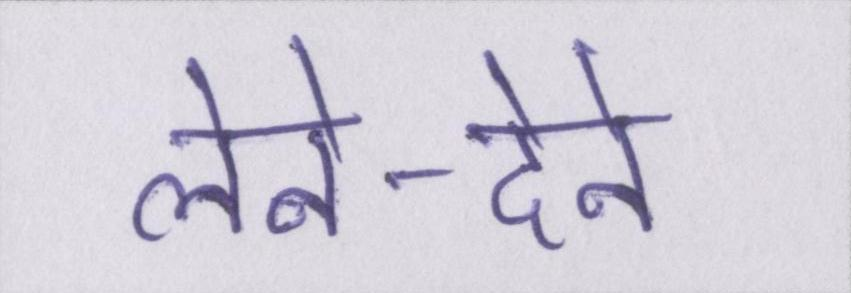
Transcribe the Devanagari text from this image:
लेने-देने